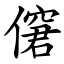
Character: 僒